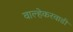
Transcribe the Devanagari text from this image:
वाल्हेकरवाडी